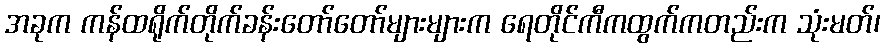
အခုက ကန်ထရိုက်တိုက်ခန်းတော်တော်များများက ရေတိုင်ကီကထွက်ကတည်းက သုံးမတ်၊